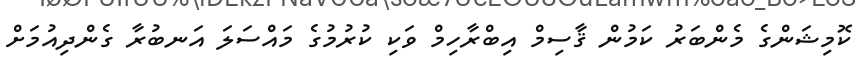
ކޮމިޝަންގެ މެންބަރު ކަމުން ޤާސިމް އިބްރާހިމް ވަކި ކުރުމުގެ މައްސަލަ އަނބުރާ ގެންދިއުމަށް